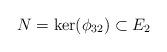
LaTeX: \begin{align*}N =\ker(\phi_{32}) \subset E_2\end{align*}